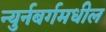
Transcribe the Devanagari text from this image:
न्युर्नबर्गमधील